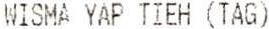
WISMA YAP TIEH (TAG)